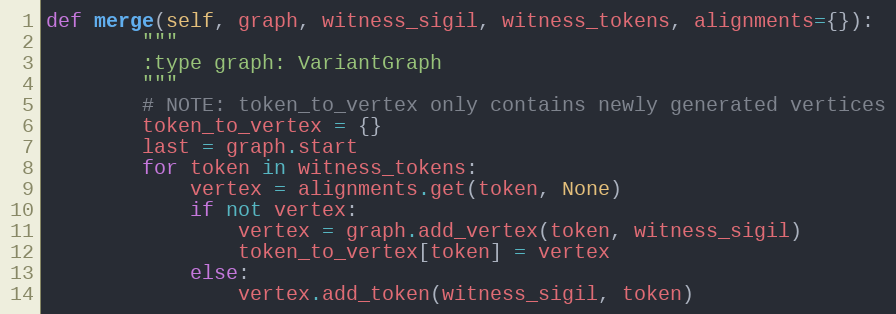
Language: Python
def merge(self, graph, witness_sigil, witness_tokens, alignments={}):
        """
        :type graph: VariantGraph
        """
        # NOTE: token_to_vertex only contains newly generated vertices
        token_to_vertex = {}
        last = graph.start
        for token in witness_tokens:
            vertex = alignments.get(token, None)
            if not vertex:
                vertex = graph.add_vertex(token, witness_sigil)
                token_to_vertex[token] = vertex
            else:
                vertex.add_token(witness_sigil, token)